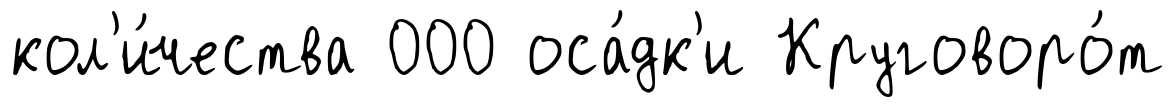
кол'и́чества 000 оса́дк'и Круговоро́т